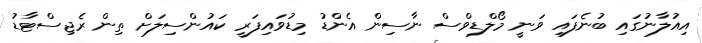
އިއުލާނުގައި ބުނެފައި ވަނީ މޯލްޑިވްސް ނާސިން އެންޑު މިޑުވައިފަރީ ކައުންސިލަށް ތިން ރެޖިސްޓާޑު